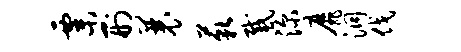
粟刑曩藐感深靡洞伐